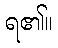
ရ၏။